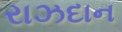
રાઝદાન